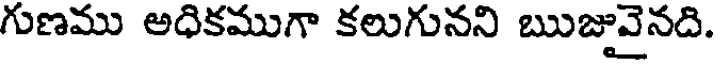
గుణము అధికముగా కలుగునని ఋజువైనది.